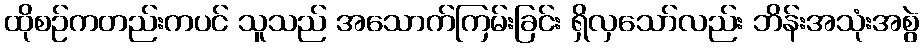
ထိုစဉ်ကတည်းကပင် သူသည် အသောက်ကြမ်းခြင်း ရှိလှသော်လည်း ဘိန်းအသုံးအစွဲ